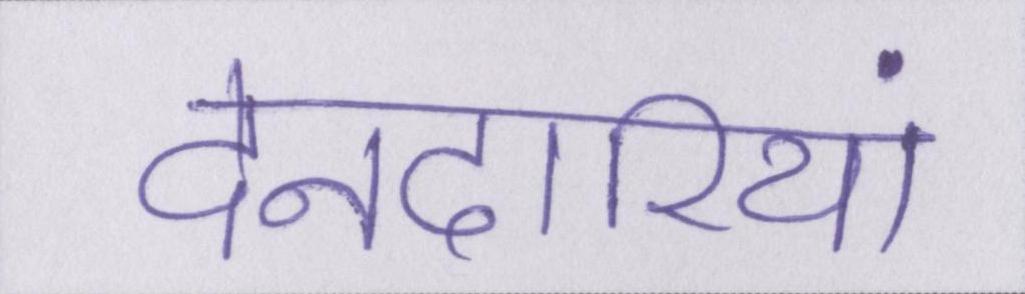
देनदारियां